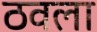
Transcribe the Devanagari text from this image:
ठवला